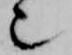
也